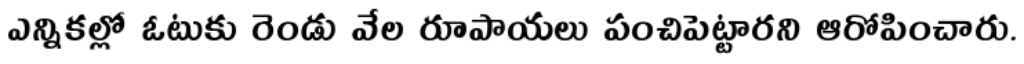
ఎన్నికల్లో ఓటుకు రెండు వేల రూపాయలు పంచిపెట్టారని ఆరోపించారు.